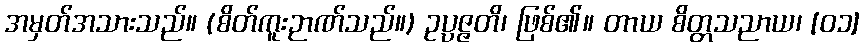
အမှတ်အသားသည်။ (စိတ်ကူးဉာဏ်သည်။) ဥပ္ပဇ္ဇတိ၊ ဖြစ်၏။ တာယ စိတ္တသညာယ၊ [၀၁]